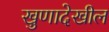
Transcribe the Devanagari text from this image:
खुणादेखील